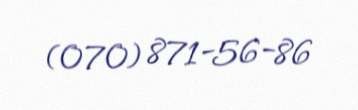
(070) 871-56-86